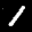
Label: 1